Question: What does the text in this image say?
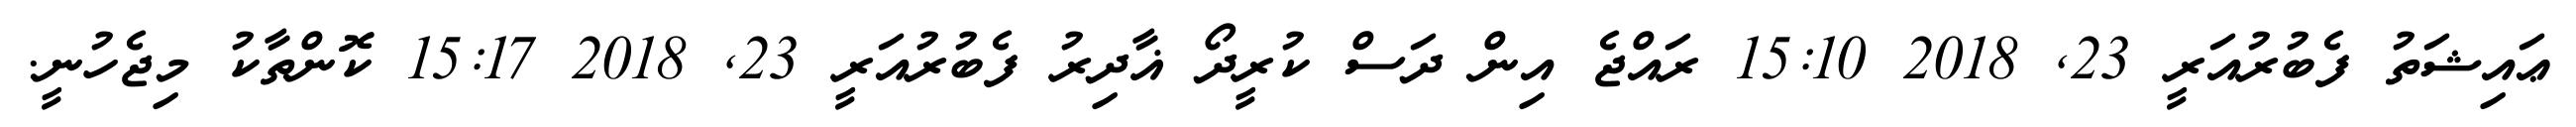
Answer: ޢައިޝަތު ފެބުރުއަރީ 23, 2018 15:10 ރައްޖެ އިން ދަސް ކުރީދޯ ޣާދިރު ފެބުރުއަރީ 23, 2018 15:17 ކޮންތާކު މިޖެހުނީ.